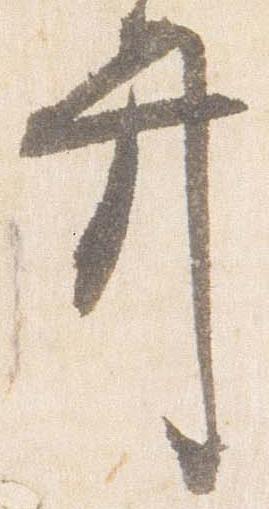
弁